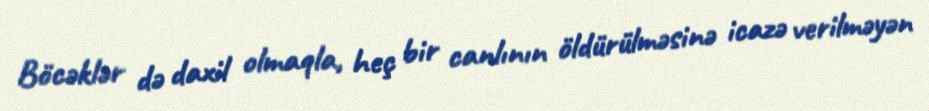
Böcəklər də daxil olmaqla, heç bir canlının öldürülməsinə icazə verilməyən